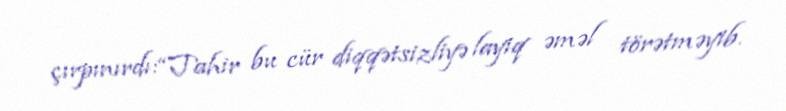
çırpınırdı:“Tahir bu cür diqqətsizliyə layiq əməl törətməyib.